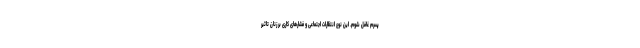
پسرم غافل شوم. این نوع انتظارات اجتماعی و فشارهای کاری بر زنان تاثیر